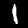
Digit: 1